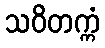
သဝိတက္ကံ